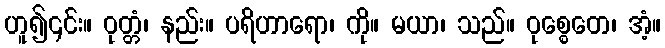
ဟူ၍၎င်း။ ဝုတ္တံ၊ နည်း။ ပရိဟာရော၊ ကို။ မယာ၊ သည်။ ဝုစ္စေတေ၊ အံ့။